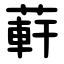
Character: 蓒